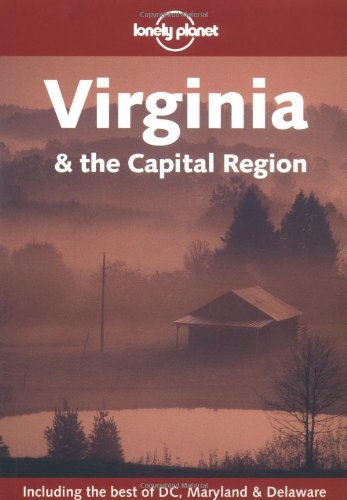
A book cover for Lonely Planet Virginia & the Capital Region; Randall S. Peffer; Travel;